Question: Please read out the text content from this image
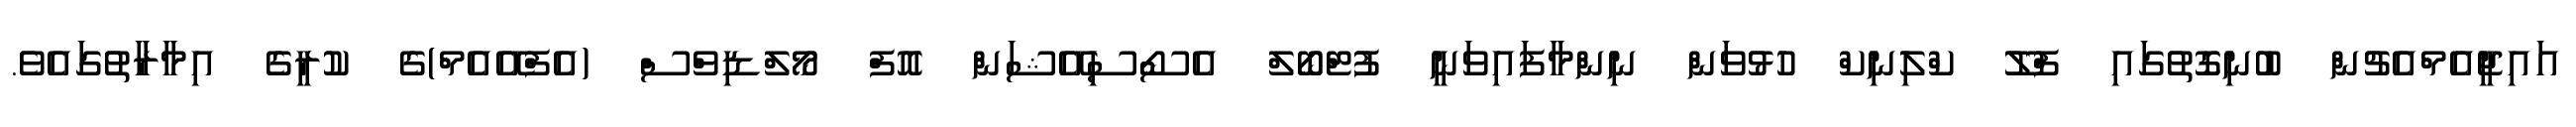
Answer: އައިޖީއެމްއެޗުން ބުނިގޮތުގައި ފްލޫ ކްލިނިކް ހުޅުވަން ނިންމާފައިވަނީ ފުޓްބޯލް އެސޯސިއޭޝަން އޮފް މޯލްޑިވްސް (އެފްއޭއެމް)ގެ ކުރީގެ އިމާރާތުގައެވެ.